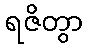
ရဇိတွာ